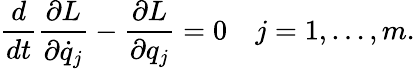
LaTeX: {\frac{d}{dt}}{\frac{\partial L}{\partial{\dot{q}}_{j}}}-{\frac{\partial L}{\partial q_{j}}}=0\quad j=1,\ldots,m.